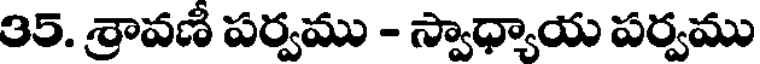
35. శ్రావణీ పర్వము - స్వాధ్యాయ పర్వము